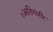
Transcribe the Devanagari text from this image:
४अतिगंभीर